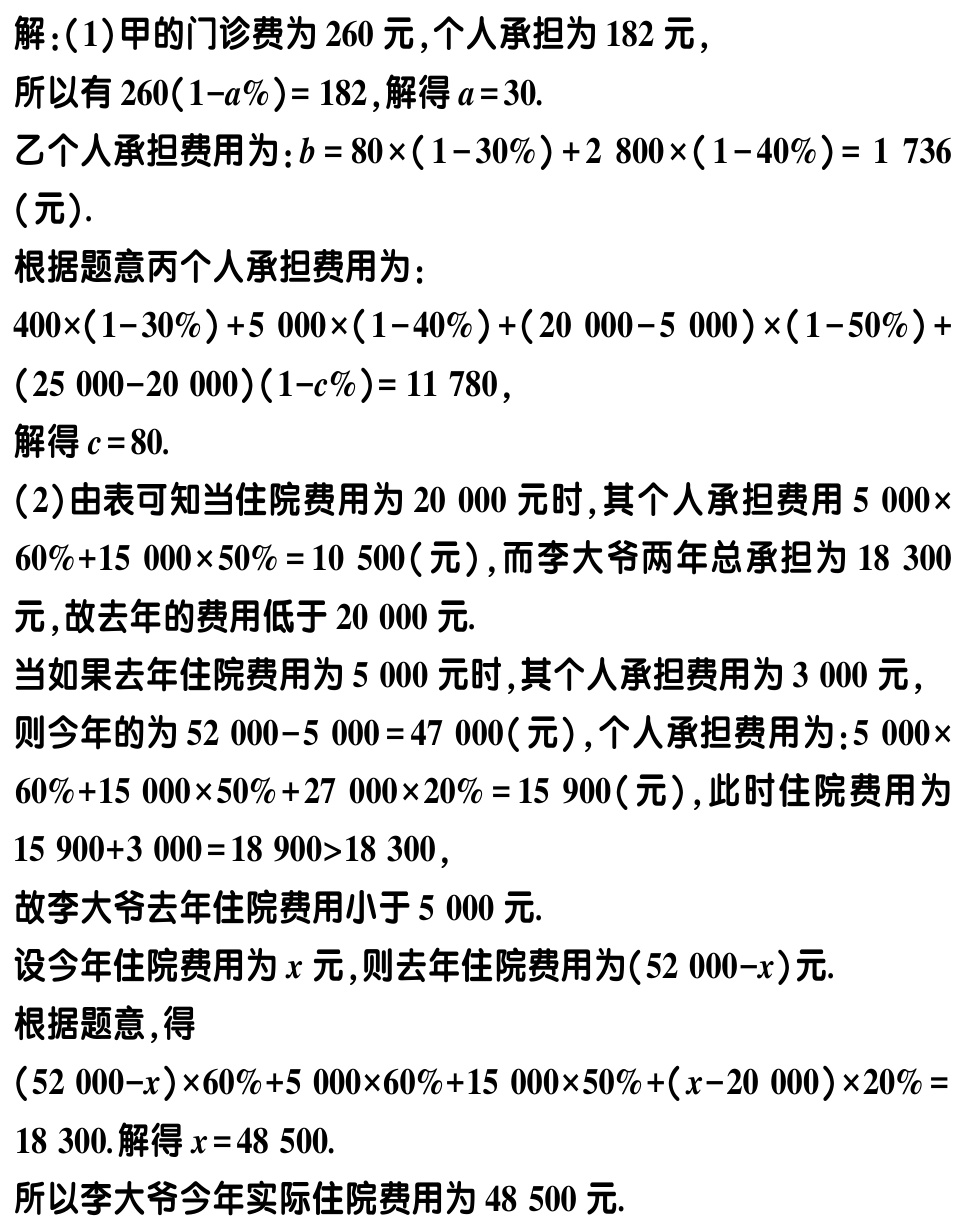
解：(1)甲的门诊费为\(260\)元,个人承担为\(182\)元,

所以有\(260(1 - a\%) = 182\),解得\(a = 30\).

乙个人承担费用为：\(b = 80\times(1 - 30\%) + 2800\times(1 - 40\%) = 1736\)

(元).

根据题意丙个人承担费用为：

\(400\times(1 - 30\%) + 5000\times(1 - 40\%) + (20000 - 5000)\times(1 - 50\%) +\)

\((25000 - 20000)(1 - c\%) = 11780\),

解得\(c = 80\).

(2)由表可知当住院费用为\(20000\)元时,其个人承担费用\(5000\times\)

\(60\%+15000\times50\% = 10500\)(元),而李大爷两年总承担为\(18300\)

元,故去年的费用低于\(20000\)元.

当如果去年住院费用为\(5000\)元时,其个人承担费用为\(3000\)元,

则今年的为\(52000 - 5000 = 47000\)(元),个人承担费用为：\(5000\times\)

\(60\%+15000\times50\%+27000\times20\% = 15900\)(元),此时住院费用为

\(15900 + 3000 = 18900>18300\),

故李大爷去年住院费用小于\(5000\)元.

设今年住院费用为\(x\)元,则去年住院费用为\((52000 - x)\)元.

根据题意,得

\((52000 - x)\times60\%+5000\times60\%+15000\times50\%+(x - 20000)\times20\% =\)

\(18300\).解得\(x = 48500\).

所以李大爷今年实际住院费用为\(48500\)元.